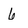
Character: 6